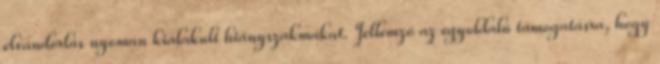
elvándorlás nyomán kialakult hiányszakmákat. Jellemző az egyoldalú támogatásra, hogy